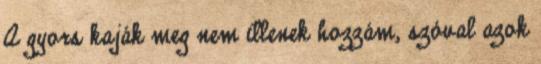
A gyors kaják meg nem illenek hozzám, szóval azok